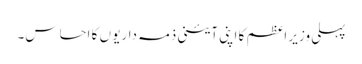
پہلی وزیرِ اعظم کا اپنی آئینی ذمہ داریو ں کا احساس۔